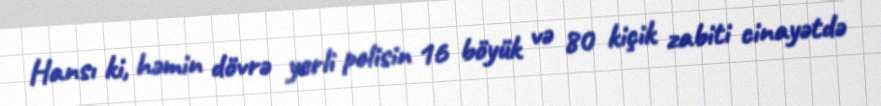
Hansı ki, həmin dövrə yerli polisin 16 böyük və 80 kiçik zabiti cinayətdə